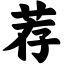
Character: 荐